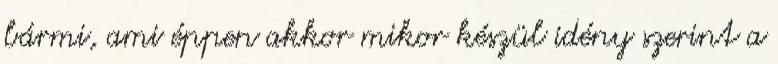
bármi, ami éppen akkor mikor készül idény szerint a